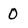
Character: O